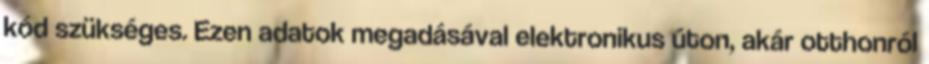
kód szükséges. Ezen adatok megadásával elektronikus úton, akár otthonról